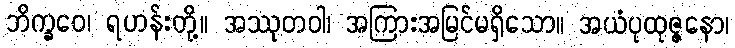
ဘိက္ခဝေ၊ ရဟန်းတို့။ အဿုတဝါ၊ အကြားအမြင်မရှိသော။ အယံပုထုဇ္ဇနော၊